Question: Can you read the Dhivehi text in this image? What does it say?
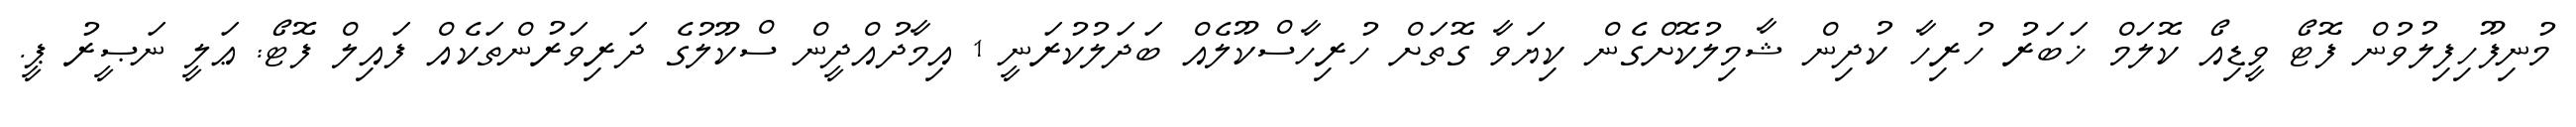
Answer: މުނިފޫހިފިލުވުން ފޮޓޯ ވީޑިއޯ ކޮލަމް ޚަބަރު ހުރިހާ ކުދިން ޝާމިލުކޮށްގެން ކިޔަވާ ގޮތަށް ހުރިހާސްކޫލެއް ބަދަލުކުރަނީ 1 އިމާދުއްދީން ސްކޫލުގެ ދަރިވަރުންތަކެއް ފައިލް ފޮޓޯ: ޢަލީ ނަޞީރު ޕީ.